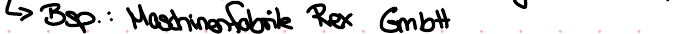
-> Bsp.: Maschinenfabrik Rex GmbH